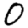
Digit: 0